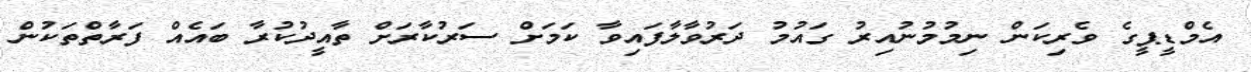
އެމްޑީޕީގެ ވެރިކަން ނިމުމުނުއިރު ގައުމު ދަރުވާލާފައިވާ ކަަމަށް ސަރުކާރަށް ތާއީދުކުރާ ބައެއް ފަރާތްތަކުން